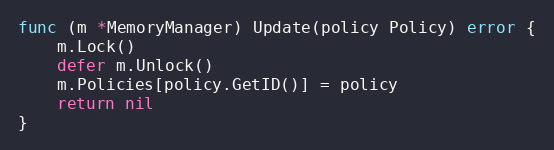
Language: Go
func (m *MemoryManager) Update(policy Policy) error {
	m.Lock()
	defer m.Unlock()
	m.Policies[policy.GetID()] = policy
	return nil
}